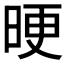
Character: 𣆳